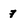
Character: 7